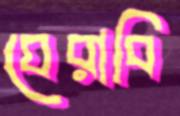
ঘেরাবি